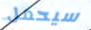
سيحمل